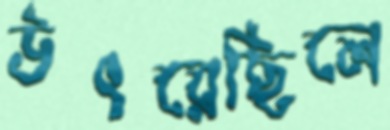
উৎরেছিলে